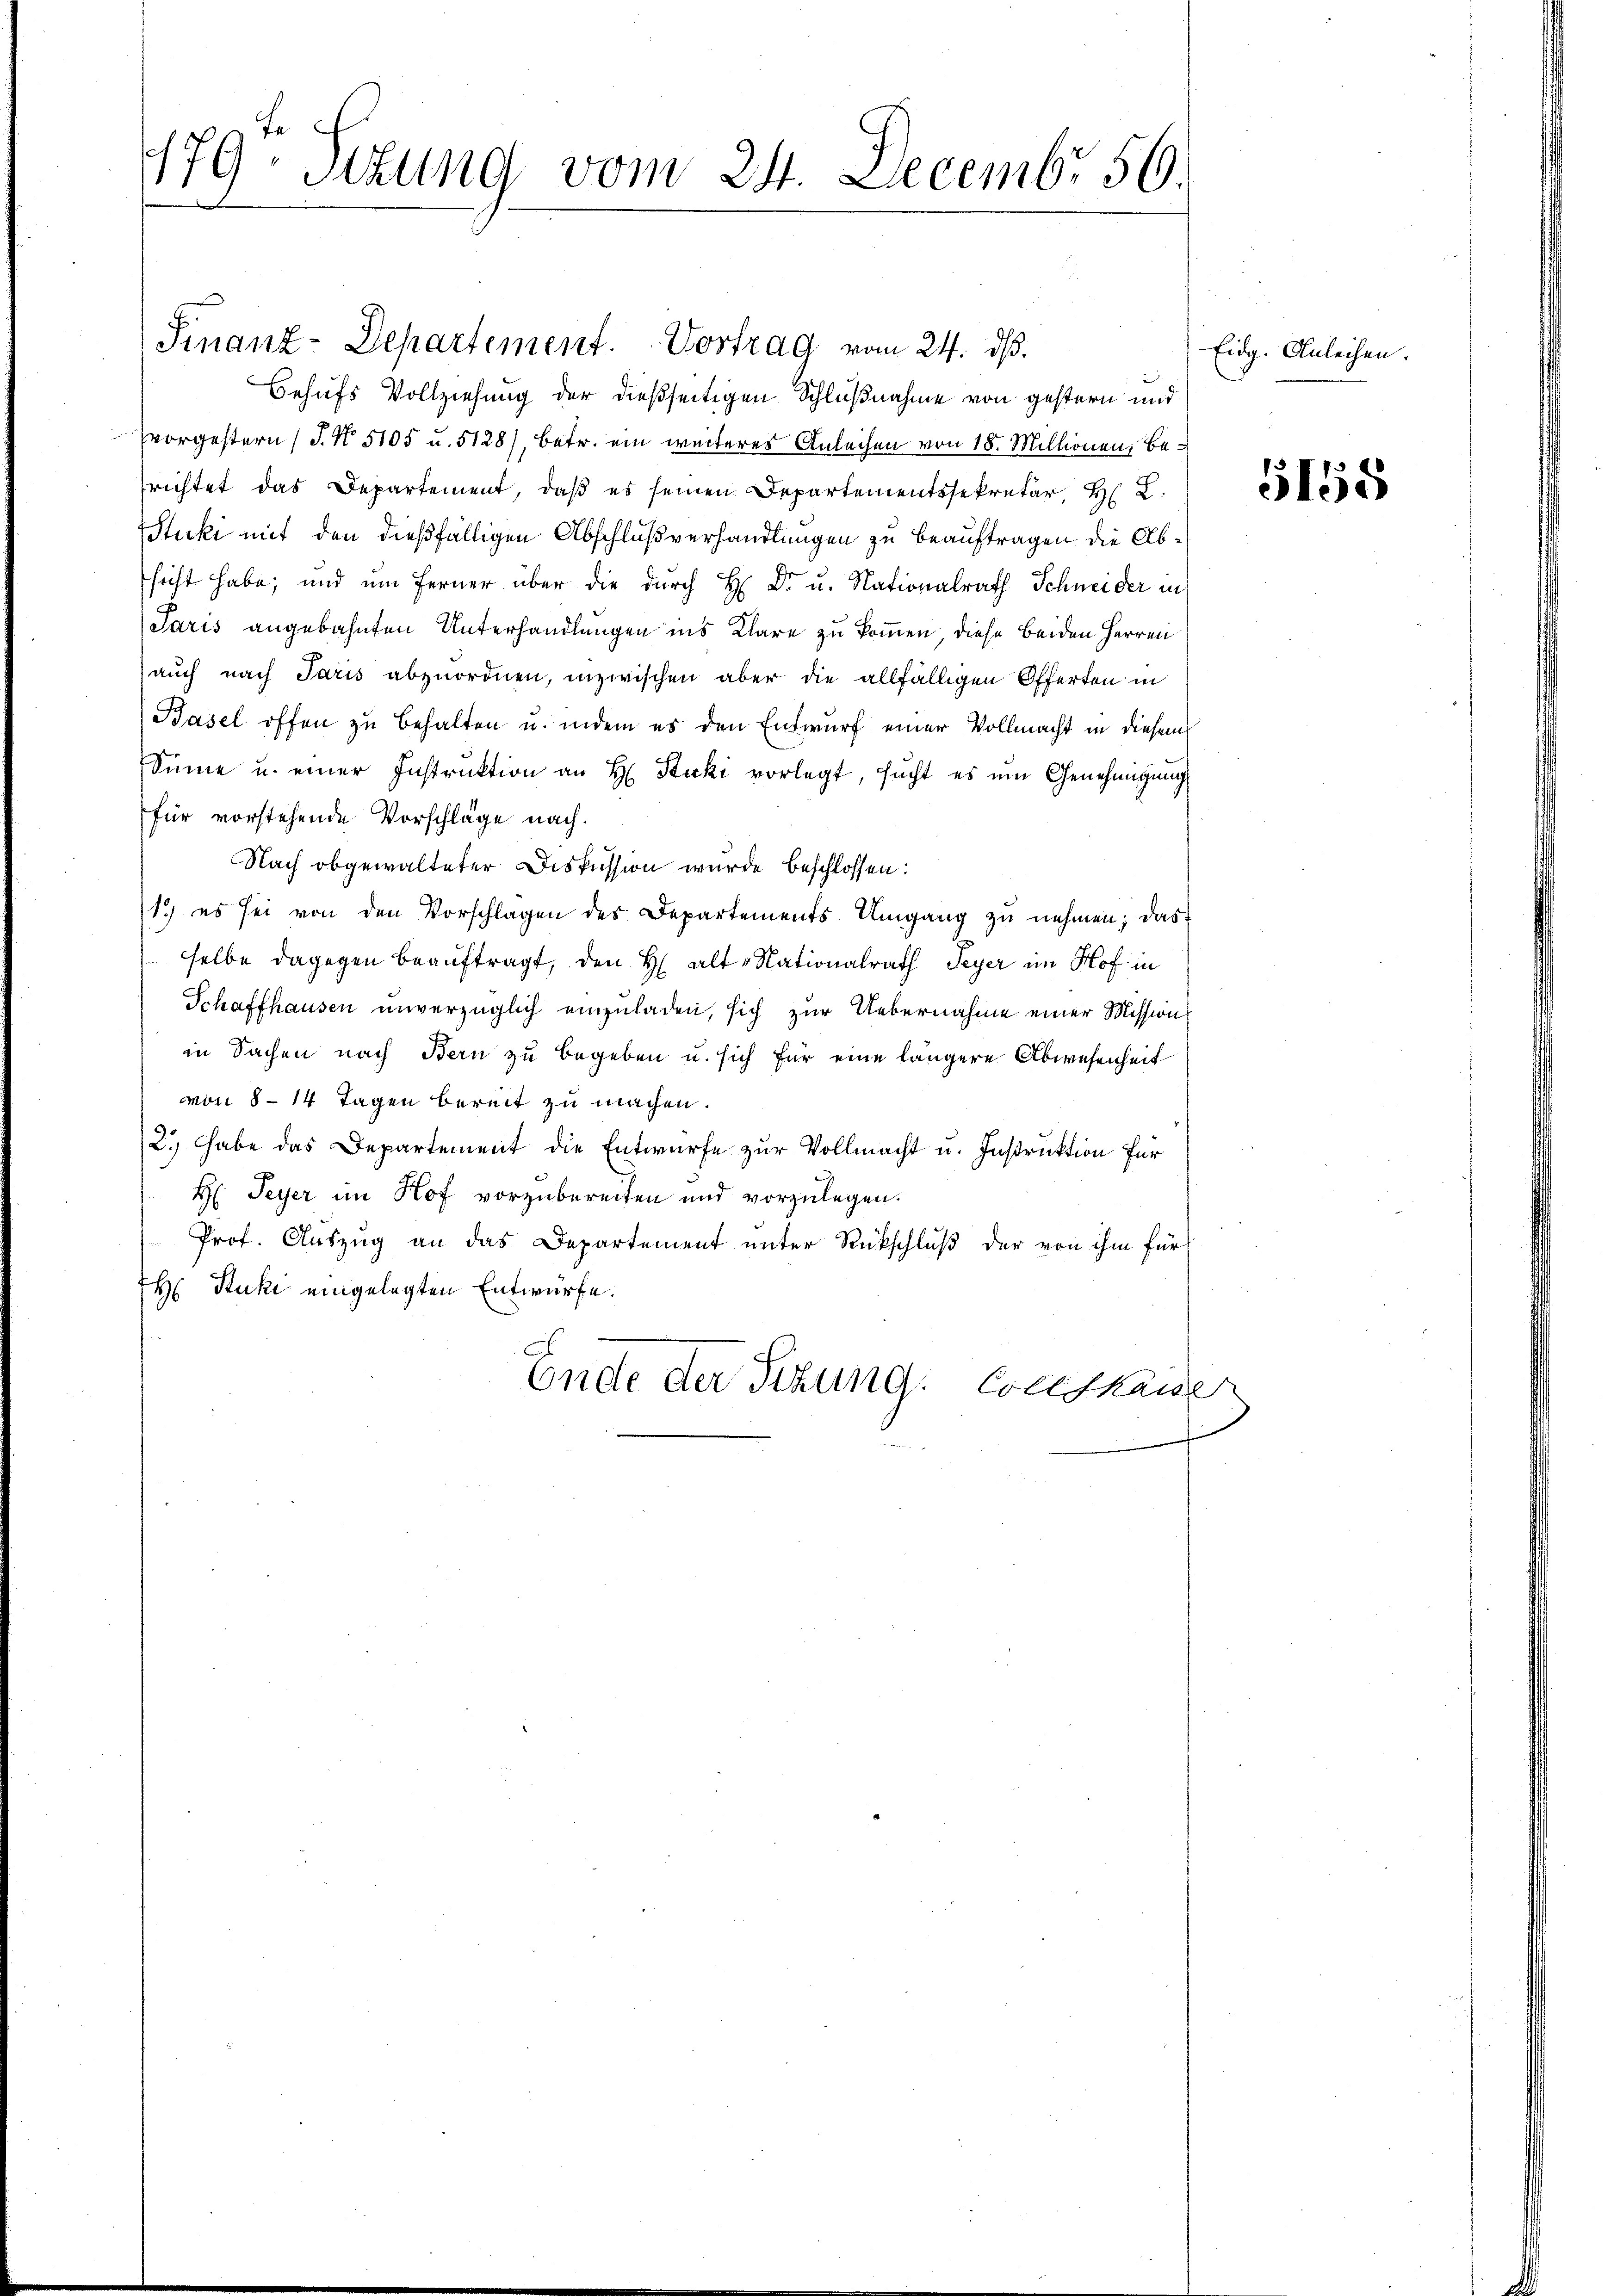
d
179-Sitzung vom 24. Decembr 56.

Finanz-Departement. Vortrag vom 24. ds.
Behufs Vollziehung der dießseitigen Schlußnahme von gestern und
vorgestern (T. N. 5105 u. 5128), betr. ein weiteres Anleihen von 18. Millionen, Berichtet das Departement, daß es seinen Departementssekretär, H. E.
Stucki mit den dießfälligen Abschlußverhandlungen zu beauftragen die Abseiht habe; und um ferner über die durch H. Dr. u. Nationalrath Schneider in
Paris angebahnten Unterhandlungen ins Klare zu kommen, diese beiden Herren
auch nach Paris abzuordnen, inzwischen aber die allfälligen Offerten in
Basel offen zu behalten u. indem es den Entwurf einer Vollmacht in diesem
Sinne u. einer Instrŭktion an H. Stucki vorlegt, sucht es um Genehmigung
für vorstehende Vorschläge nach.
Nach obgewalteter Diskussion wurde beschlossen:
1.) es sei von den Vorschlagen des Departements Umgang zu nehmen; das
selbe dagegen beauftragt, den H. alte Nationalrath Peyer im Hof in
Schaffhausen unverzüglich einzuladen, sich zur Uebernahme einer Mission
in Sachen nach Bern zu begeben u. sich für eine längere Abwesenheit
von 8 - 14 Tagen bereit zu machen.
2.) Habe das Departement die Entwurfe zur Vollmacht u. Instruktion für
H: Peyer im Hof vorzubereiten und vorzulegen.
Prof. Auszug an das Departement unter Rückschluß der von ihm für
H Kuki eingelegten Entwürfe.
Ende der Sitzung Conskaner

Eidg. Anleihen.

5155